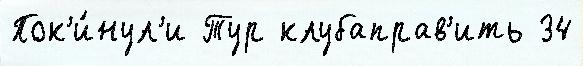
Пок'и́нул'и Тур клубаправ'ить 34